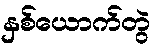
နှစ်ယောက်တွဲ